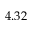
4 . 3 2